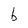
Character: b